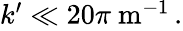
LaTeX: \begin{array}{r}{k^{\prime}\ll 20\pi\mathrm{\ m}^{-1}\, .}\end{array}